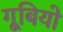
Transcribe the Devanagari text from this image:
गूबियो